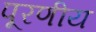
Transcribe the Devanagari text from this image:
पूरणीय